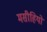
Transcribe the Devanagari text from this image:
मसीहियों